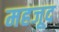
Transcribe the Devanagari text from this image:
महजूद